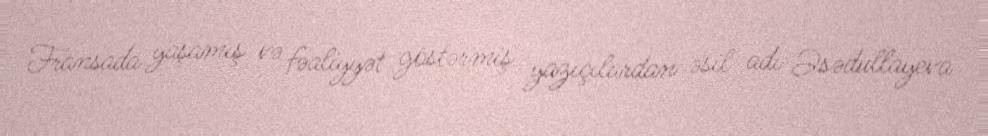
Fransada yaşamış və fəaliyyət göstərmiş yazıçılardan əsil adı Əsədullayeva